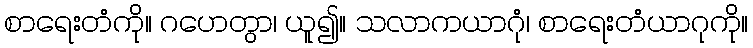
စာရေးတံကို။ ဂဟေတွာ၊ ယူ၍။ သလာကယာဂုံ၊ စာရေးတံယာဂုကို။